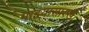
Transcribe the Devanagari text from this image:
माझ्यासारख